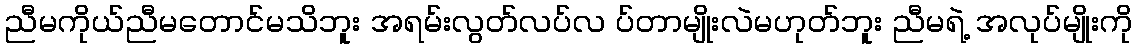
ညီမကိုယ်ညီမတောင်မသိဘူး အရမ်းလွတ်လပ်လ ပ်တာမျိုးလဲမဟုတ်ဘူး ညီမရဲ့ အလုပ်မျိုးကို